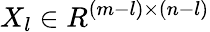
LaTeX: X_{l}\in R^{(m-l)\times(n-l)}